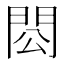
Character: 𨳗